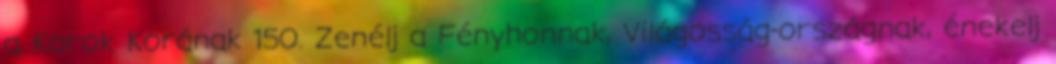
a Korok Korának 150. Zenélj a Fényhonnak, Világosság-országnak, énekelj